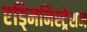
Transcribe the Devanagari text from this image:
एड्मिनिस्ट्रेशन